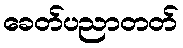
ခေတ်ပညာတတ်